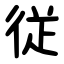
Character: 従